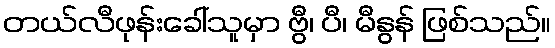
တယ်လီဖုန်းခေါ်သူမှာ ဗွီ၊ ပီ၊ မီနွန် ဖြစ်သည်။